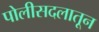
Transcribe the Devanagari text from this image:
पोलीसदलातून